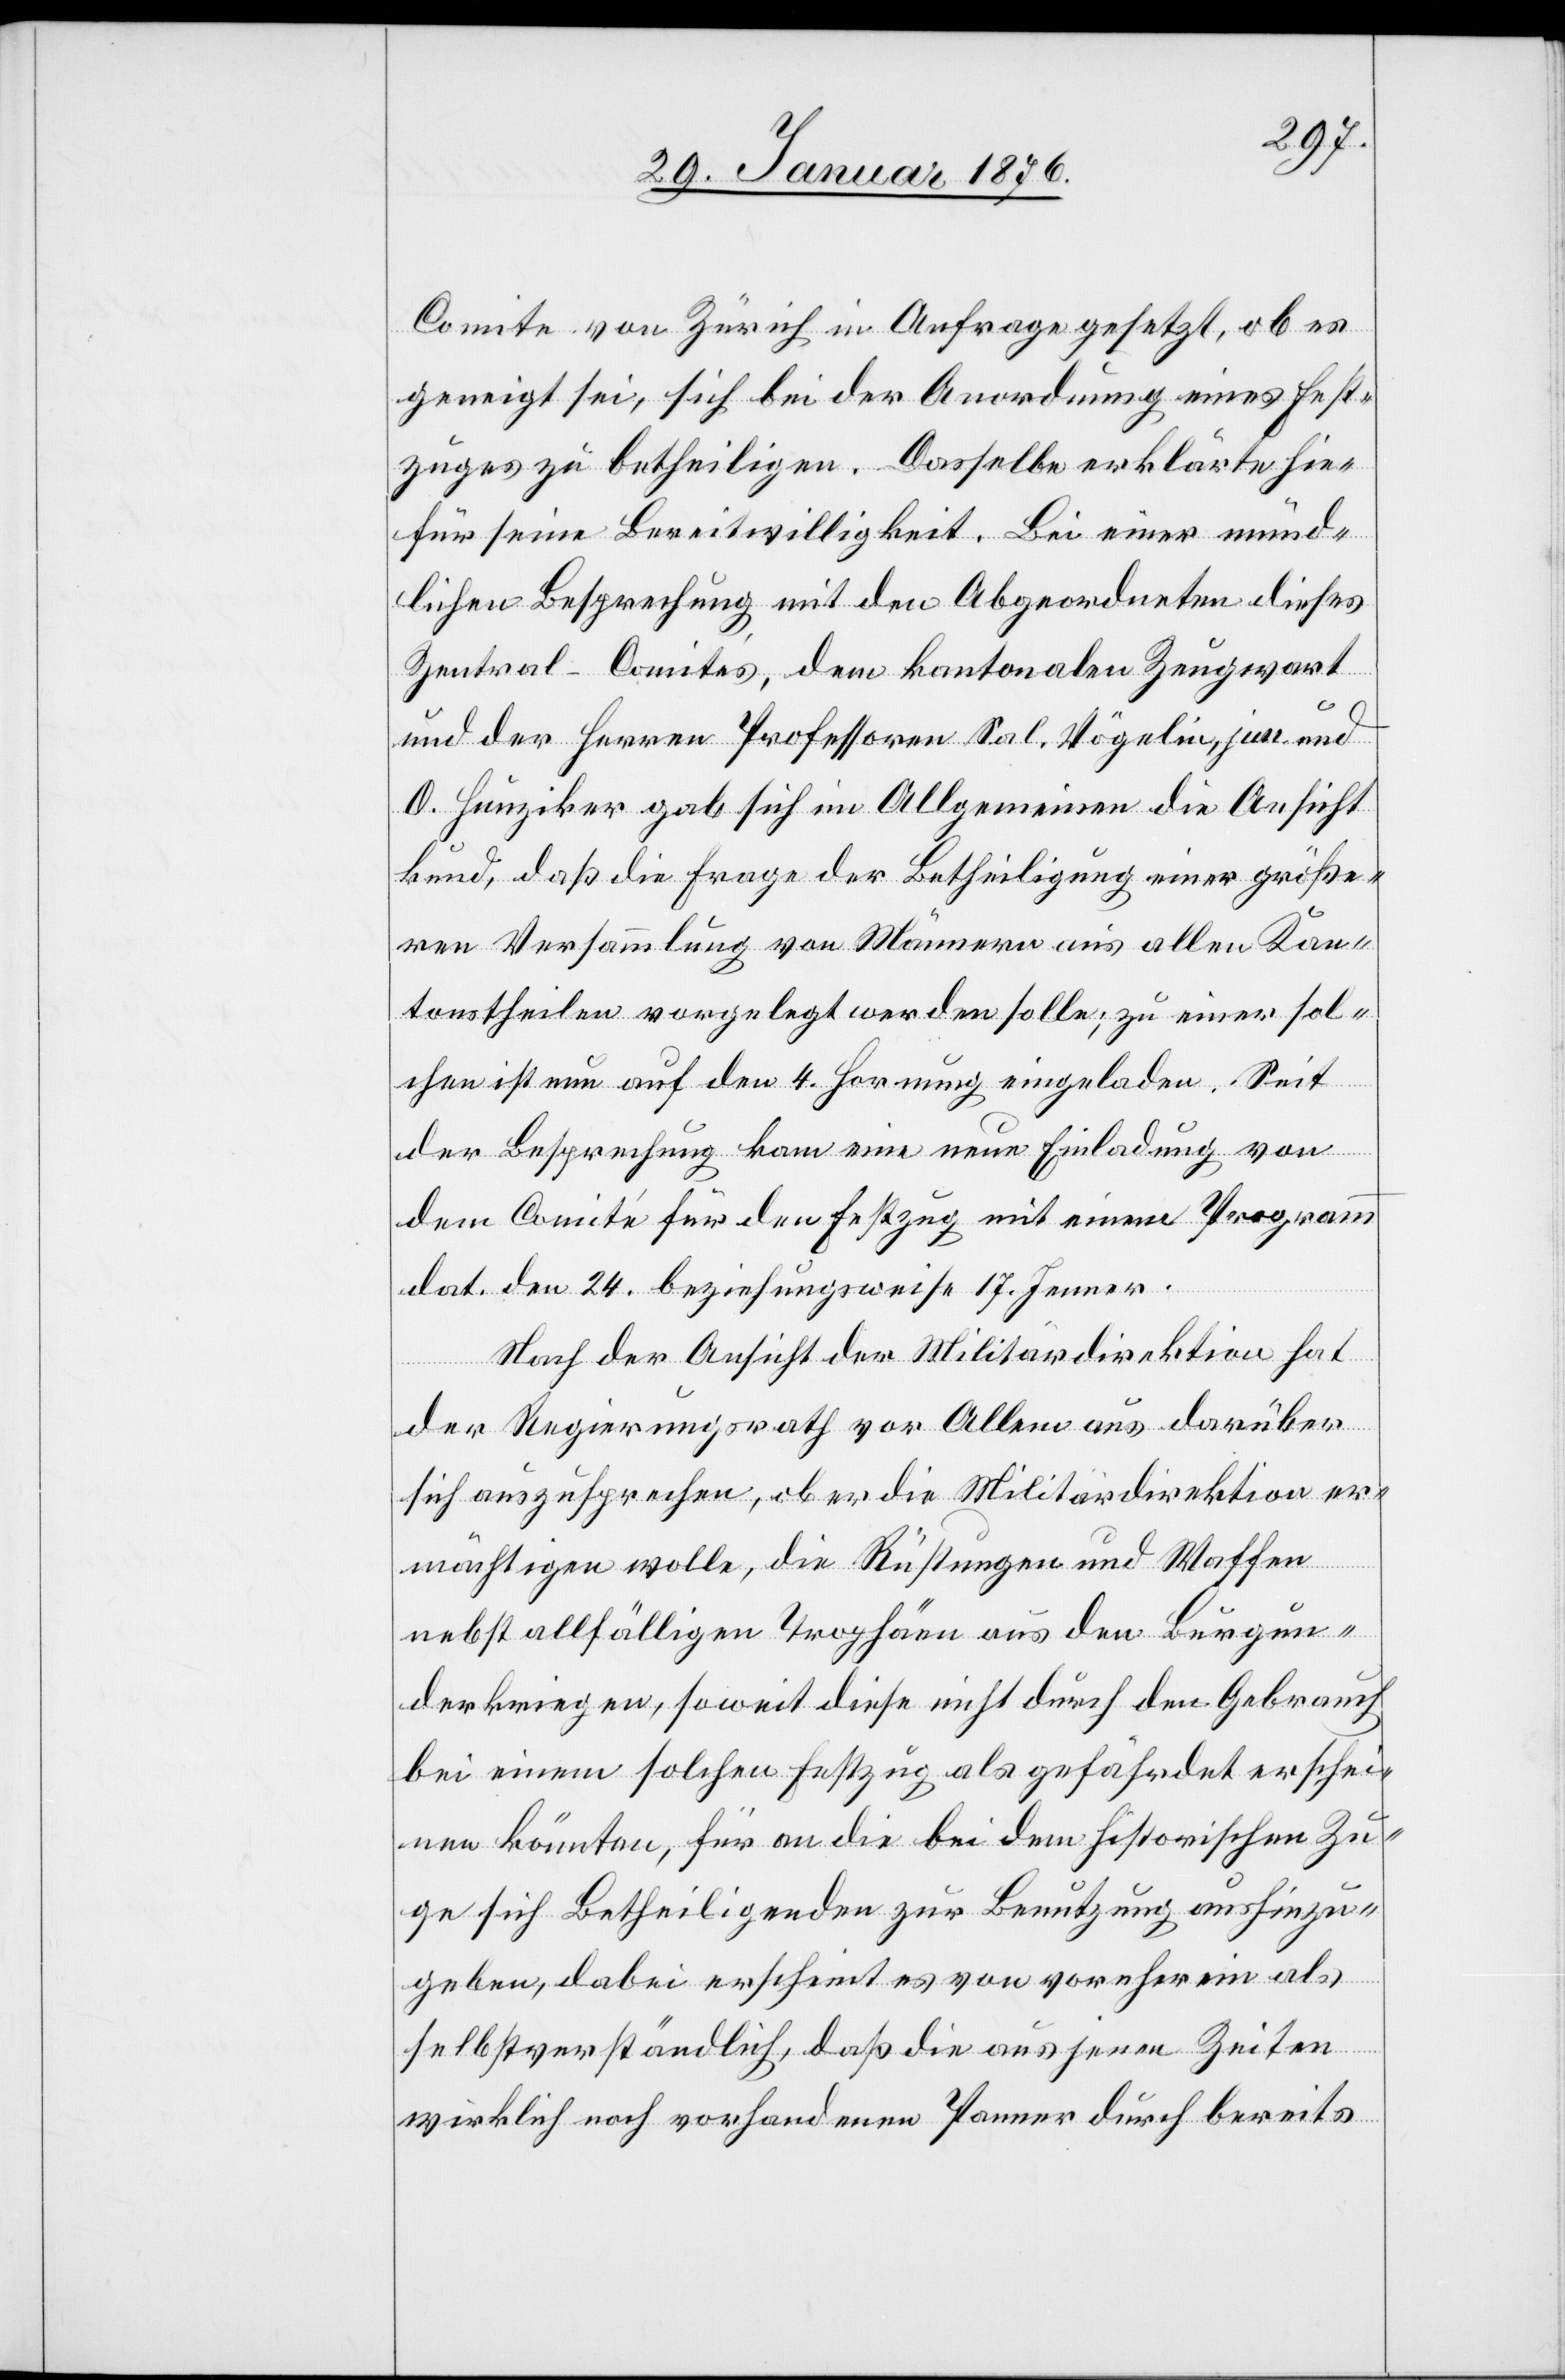
Comite von Zürich in Anfrage gesetzt, ob es
geneigt sei, sich bei der Anordnung eines Fest¬
zuges zu betheiligen. Dasselbe erklärte hie¬
für seine Bereitwilligkeit. Bei einer münd¬
lichen Besprechung mit den Abgeordneten dieses
Zentral-Comités, dem kantonalen Zeugwart
und der Herren Professoren Sal. Vögelin, jun. und
O. Hunziker gab sich im Allgemeinen die Ansicht
kund, daß die Frage der Betheiligung einer größe¬
ren Versammlung von Männern aus allen Kan¬
tonstheilen vorgelegt werden solle; zu einer sol¬
chen ist nun auf den 4. Hornung eingeladen. Seit
der Besprechung kam eine neue Einladung von
dem Comité für den Festzug mit einem Programm
dat. den 24. beziehungsweise 17. Jenner.
Nach der Ansicht der Militärdirektion hat
der Regierungsrath vor Allem aus darüber
sich auszusprechen, ob er die Militärdirektion er¬
mächtigen wolle, die Rüstungen und Waffen
nebst allfälligen Trophäen aus den Burgun¬
derkriegen, soweit diese nicht durch den Gebrauch
bei einem solchen Festzug als gefährdet erschei¬
nen könnten, für an die bei dem historischen Zu¬
ge sich Beteiligenden zur Benutzung aushinzu¬
geben, dabei erschient es von vornherein als
selbstverständlich, daß die aus jenen Zeiten
wirklich noch vorhandenen Panner durch bereits